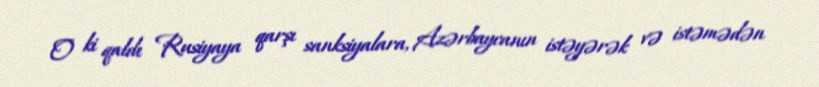
O ki qaldı Rusiyaya qarşı sanksiyalara, Azərbaycanın istəyərək və istəmədən